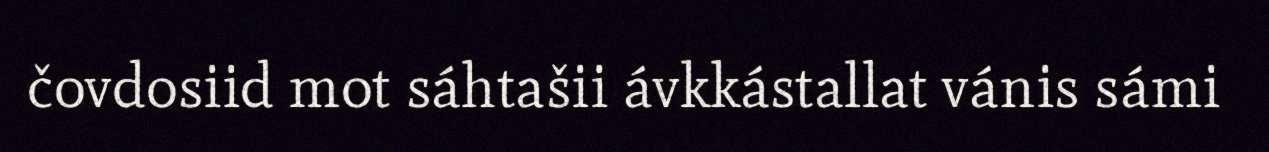
čovdosiid mot sáhtašii ávkkástallat vánis sámi